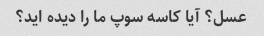
عسل؟ آیا کاسه سوپ ما را دیده اید؟